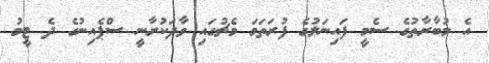
އެ މުބާރާތުގެ ސެމީ ފައިނަލުގެ ފުރަތަމަ މެޗުގައި ވާދަކުރާނީ ސްޕެއިނުގެ ދެ ޓީމު